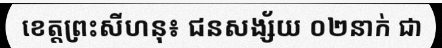
ខេត្តព្រះសីហនុ៖ ជនសង្ស័យ ០២នាក់ ជា